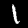
Label: 1